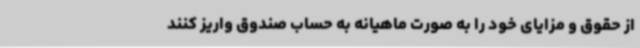
از حقوق و مزایای خود را به صورت ماهیانه به حساب صندوق واریز ‌کنند